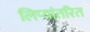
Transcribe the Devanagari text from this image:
लिप्यांतरित